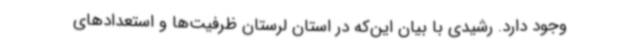
وجود دارد. رشیدی با بیان این‌که در استان لرستان ظرفیت‌ها و استعدادهای